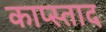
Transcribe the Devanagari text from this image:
काप्स्ताद